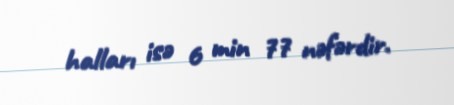
halları isə 6 min 77 nəfərdir.